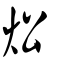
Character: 炂